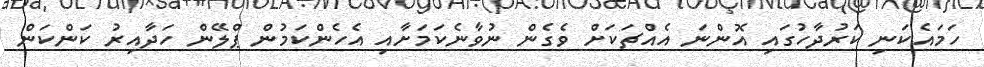
ހަމައެކަނި ކަރުދާހުގައި އޮންނަ އެއްޗަކަށް ވެގެން ނުވާނެކަމަށާއި އެހެންކަމުން ޕްލޭން ހަދާއިރު ކަންކަން